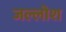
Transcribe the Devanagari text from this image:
जल्लोश